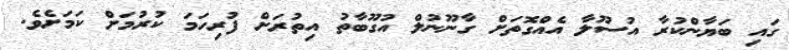
ގައި ބަޔާންކުރާ އުސޫލާ އެއްގޮތަށް ގާނޫނުލް އުގޫބާތު އިތުރަށް ފުރިހަމަ ކުރުމަށް ކަމަށެވެ.